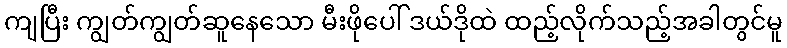
ကျပြီး ကျွတ်ကျွတ်ဆူနေသော မီးဖိုပေါ် ဒယ်ဒိုထဲ ထည့်လိုက်သည့်အခါတွင်မူ